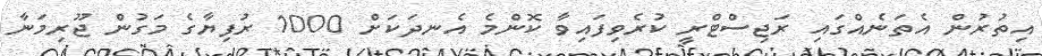
އިތުރުން އެތަނެއްގައި ރަޖިސްޓްރީ ކުރެވިފައިވާ ކޮންމެ އެނދަކަށް 1000 ރުފިޔާގެ މަގުން ޖޫރިމަނާ